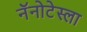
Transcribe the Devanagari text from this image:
नॅनोटेस्ला